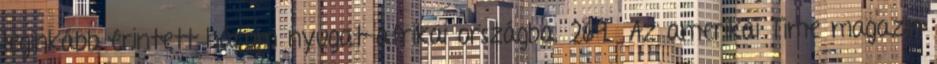
leginkább érintett három nyugat-afrikai országba. 269 Az amerikai Time magazin